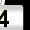
Digit: 4